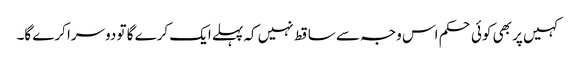
کہیں پر بھی کوئی حکم اس وجہ سے ساقط نہیں کہ پہلے ایک کرے گا تو دوسرا کرے گا۔